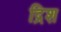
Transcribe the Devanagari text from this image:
द्रिश